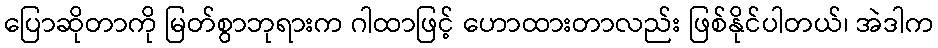
ပြောဆိုတာကို မြတ်စွာဘုရားက ဂါထာဖြင့် ဟောထားတာလည်း ဖြစ်နိုင်ပါတယ်၊ အဲဒါက